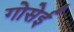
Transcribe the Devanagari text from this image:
गोसेई